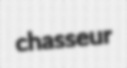
chasseur